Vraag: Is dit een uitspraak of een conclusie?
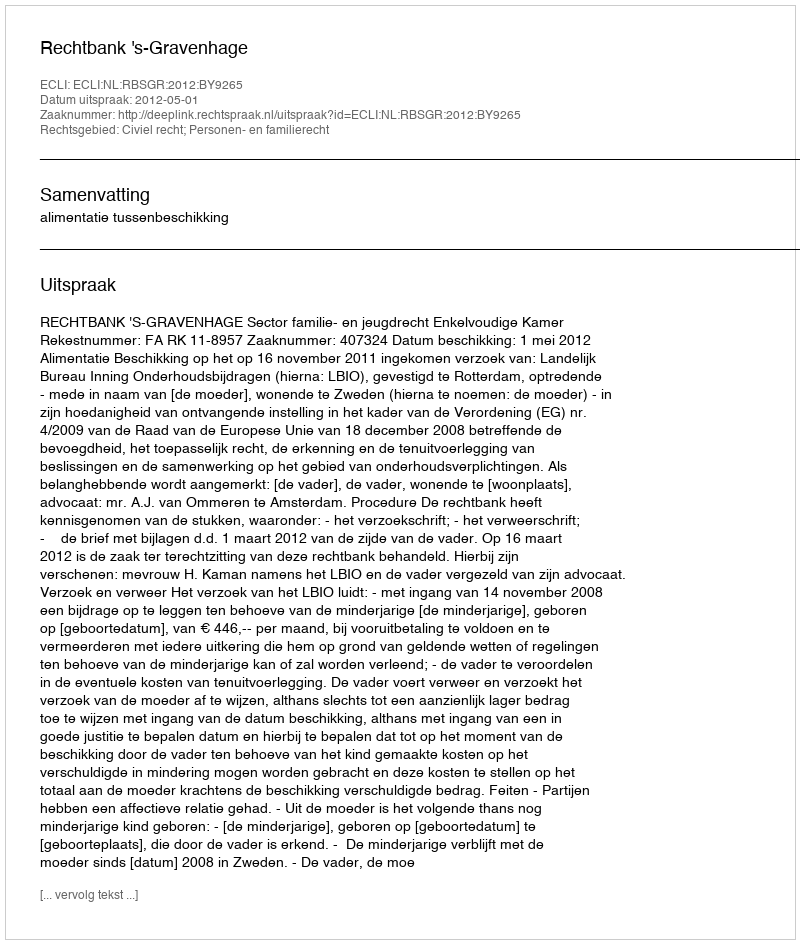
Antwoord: Uitspraak